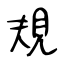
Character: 規